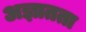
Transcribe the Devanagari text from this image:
अज्ञातता